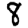
Digit: 8